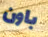
باون